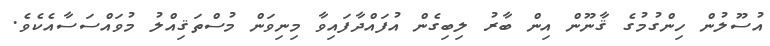
އުސޫލުން ހިންގުމުގެ ޤާނޫން އިން ބާރު ލިބިގެން އުފައްދާފައިވާ މިނިވަން މުސްތަޤިއްލު މުވައްސަސާއެކެވެ.